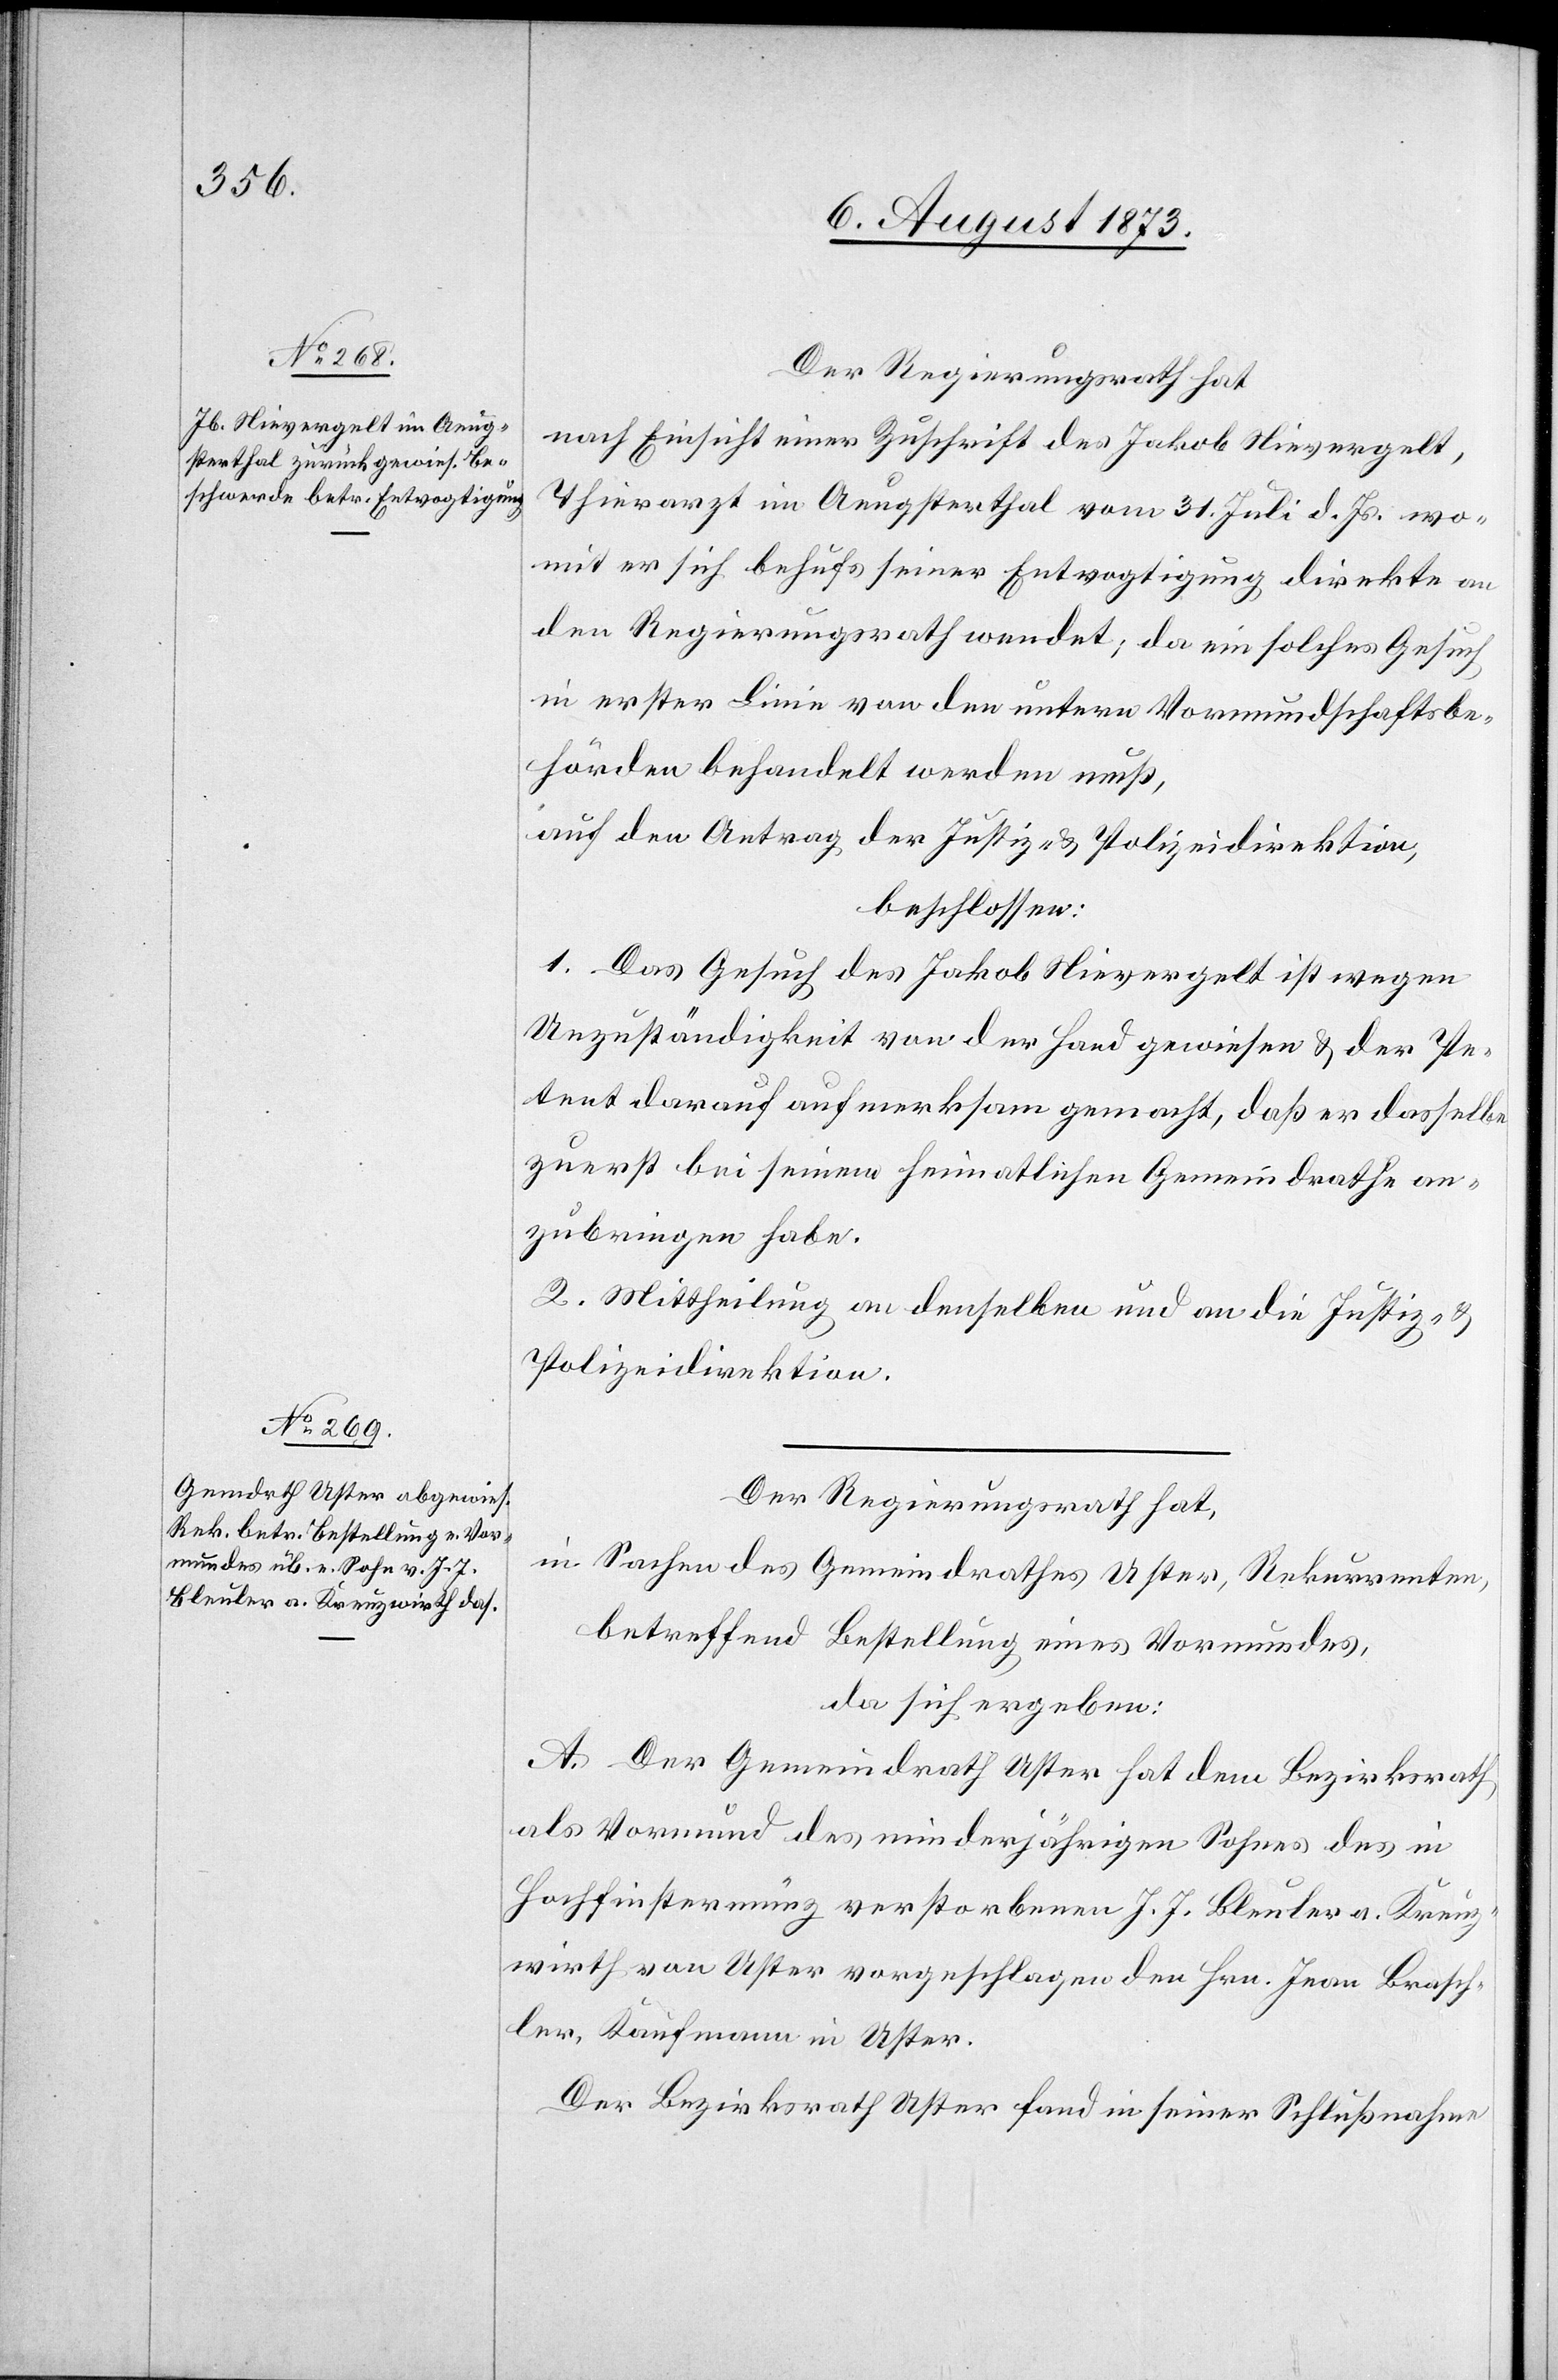
Der Regierungsrath hat
nach Einsicht einer Zuschrift des Jakob Nievergelt,
Thierarzt im Aeugsterthal vom 31. Juli d. Js. wo¬
mit er sich behufs seiner Entvogtigung direkte an
den Regierungsrath wendet; da ein solches Gesuch
in erster Linie von den untern Vormundschaftsbe¬
hörden behandelt werden muß,
auf den Antrag der Justiz- & Polizeidirektion,
beschlossen:
1. Das Gesuch des Jakob Nievergelt ist wegen
Unzuständigkeit von der Hand gewiesen & der Pe¬
tent darauf aufmerksam gemacht, daß er dasselbe
zuerst bei seinem heimatlichen Gemeindrathe an¬
zubringen habe.
2. Mittheilung an denselben und an die Justiz- &
Polizeidirektion.
Der Regierungsrath hat,
in Sachen des Gemeindrathes Uster, Rekurrenten,
betreffend Bestellung eines Vormundes,
da sich ergeben:
A. Der Gemeindrath Uster hat dem Bezirksrath
als Vormund des minderjährigen Sohnes des in
Hochfinstermünz verstorbenen J. J. Bleuler a. Kreuz¬
wirth von Uster vorgeschlagen den Hrn. Jean Brasch¬
ler, Kaufmann in Uster.
Der Bezirksrath Uster fand in seiner Schlußnahme